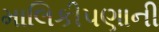
માલિકીપણાની